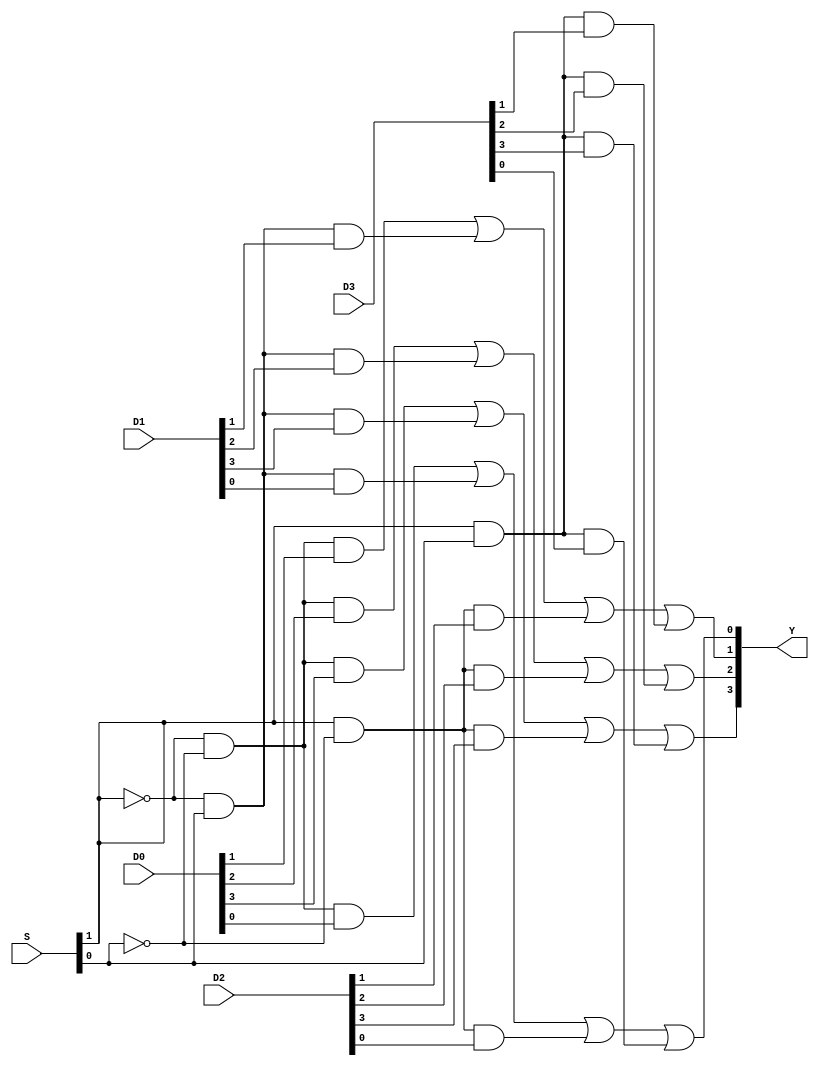
module Mux4to1b4(
    input  [1:0] S,
    input  [3:0] D0,
    input  [3:0] D1,
    input  [3:0] D2,
    input  [3:0] D3,
    output [3:0] Y
    );
    assign Y[0]=((~S[1]&~S[0])&(D0[0]))|((~S[1]&S[0])&(D1[0]))|((S[1]&~S[0])&(D2[0]))|((S[1]&S[0])&(D3[0]));
    assign Y[1]=((~S[1]&~S[0])&(D0[1]))|((~S[1]&S[0])&(D1[1]))|((S[1]&~S[0])&(D2[1]))|((S[1]&S[0])&(D3[1]));
    assign Y[2]=((~S[1]&~S[0])&(D0[2]))|((~S[1]&S[0])&(D1[2]))|((S[1]&~S[0])&(D2[2]))|((S[1]&S[0])&(D3[2]));
    assign Y[3]=((~S[1]&~S[0])&(D0[3]))|((~S[1]&S[0])&(D1[3]))|((S[1]&~S[0])&(D2[3]))|((S[1]&S[0])&(D3[3]));
    endmodule